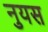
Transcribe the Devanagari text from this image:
नुयस